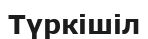
Түркішіл